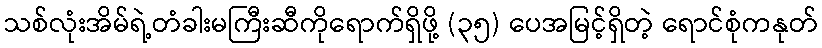
သစ်လုံးအိမ်ရဲ့တံခါးမကြီးဆီကိုရောက်ရှိဖို့ (၃၅) ပေအမြင့်ရှိတဲ့ ရောင်စုံကနုတ်